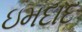
ઇમદાદ